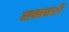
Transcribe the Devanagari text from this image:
सनबरी